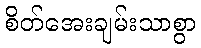
စိတ်အေးချမ်းသာစွာ